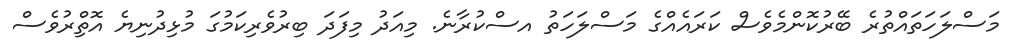
މަސްލަހަތައްތުރެ ބޭރުކޮންމެވެސް ކަރައެއްގެ މަސްލަހަތު އސްކުރާނެ. މިއަދު މިފަދަ ބިރުވެރިކަމުގަ މުޅިދުނިޔެ އޮތްްިރުވެސް